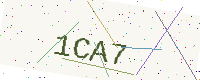
Text: 1CA7